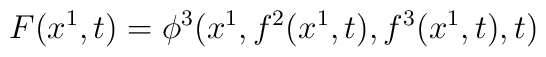
F(x^1,t)=\phi ^3(x^1,f^2(x^1,t),f^3(x^1,t),t)